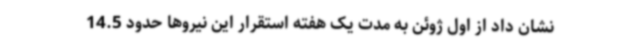
نشان داد از اول ژوئن به مدت یک هفته استقرار این نیروها حدود 14.5